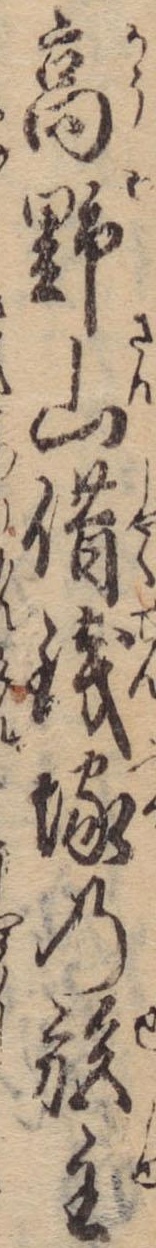
高野山借銭塚の施主